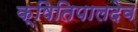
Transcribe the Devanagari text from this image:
क्षितिपालदेव